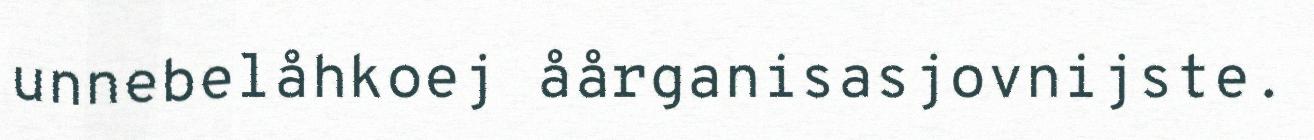
unnebelåhkoej åårganisasjovnijste.